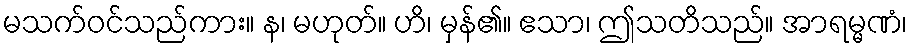
မသက်ဝင်သည်ကား။ န၊ မဟုတ်။ ဟိ၊ မှန်၏။ ဧသာ၊ ဤသတိသည်။ အာရမ္မဏံ၊